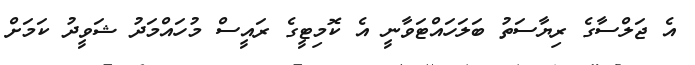
އެ ޖަލްސާގެ ރިޔާސަތު ބަލަހައްޓަވާނީ އެ ކޮމިޓީގެ ރައީސް މުހައްމަދު ޝަވީދު ކަމަށް